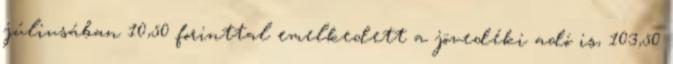
júliusában 10,50 forinttal emelkedett a jövedéki adó is, 103,50